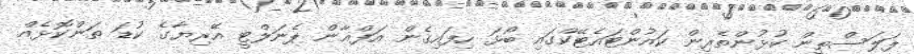
ފަލަސްތީން ކުޅުންތެރިން ކައުންޓައެޓޭކްގައި ބޯޅަ ހިފައިގެން އަފްޣާން ޕެނަލްޓީ އޭރިޔާގެ ކުޑަ ތަންކޮޅެއް